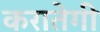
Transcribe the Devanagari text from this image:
करातेगी